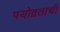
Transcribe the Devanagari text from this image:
पयोव्रताची